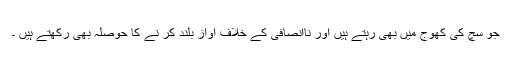
جو سچ کی کھوج میں بھی رہتے ہیں اور ناانصافی کے خلاف آواز بلند کر نے کا حوصلہ بھی رکھتے ہیں ۔